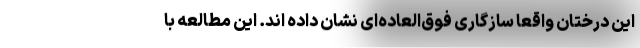
این درختان واقعا سازگاری فوق‌العاده‌ای نشان داده اند. این مطالعه با